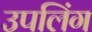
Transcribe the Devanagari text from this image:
उपलिंग